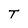
Character: T